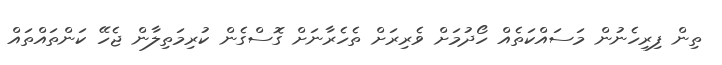
ތިން ފިރިހެނުން މަސައްކަތެއް ހޯދުމަށް ވެރިރަށް ތެހެރާނަށް ގޮސްގެން ކުރިމަތިލާން ޖެހޭ ކަންތައްތައް